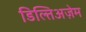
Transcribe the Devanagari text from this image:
डिल्तिअज़ेम